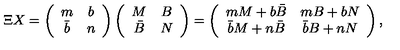
\Xi X = \left( \begin{array} { c c } { m } & { b } \\ { \bar { b } } & { n } \\ \end{array} \right) \left( \begin{array} { c c } { M } & { B } \\ { \bar { B } } & { N } \\ \end{array} \right) = \left( \begin{array} { c c } { m M + b \bar { B } } & { m B + b N } \\ { \bar { b } M + n \bar { B } } & { \bar { b } B + n N } \\ \end{array} \right) ,